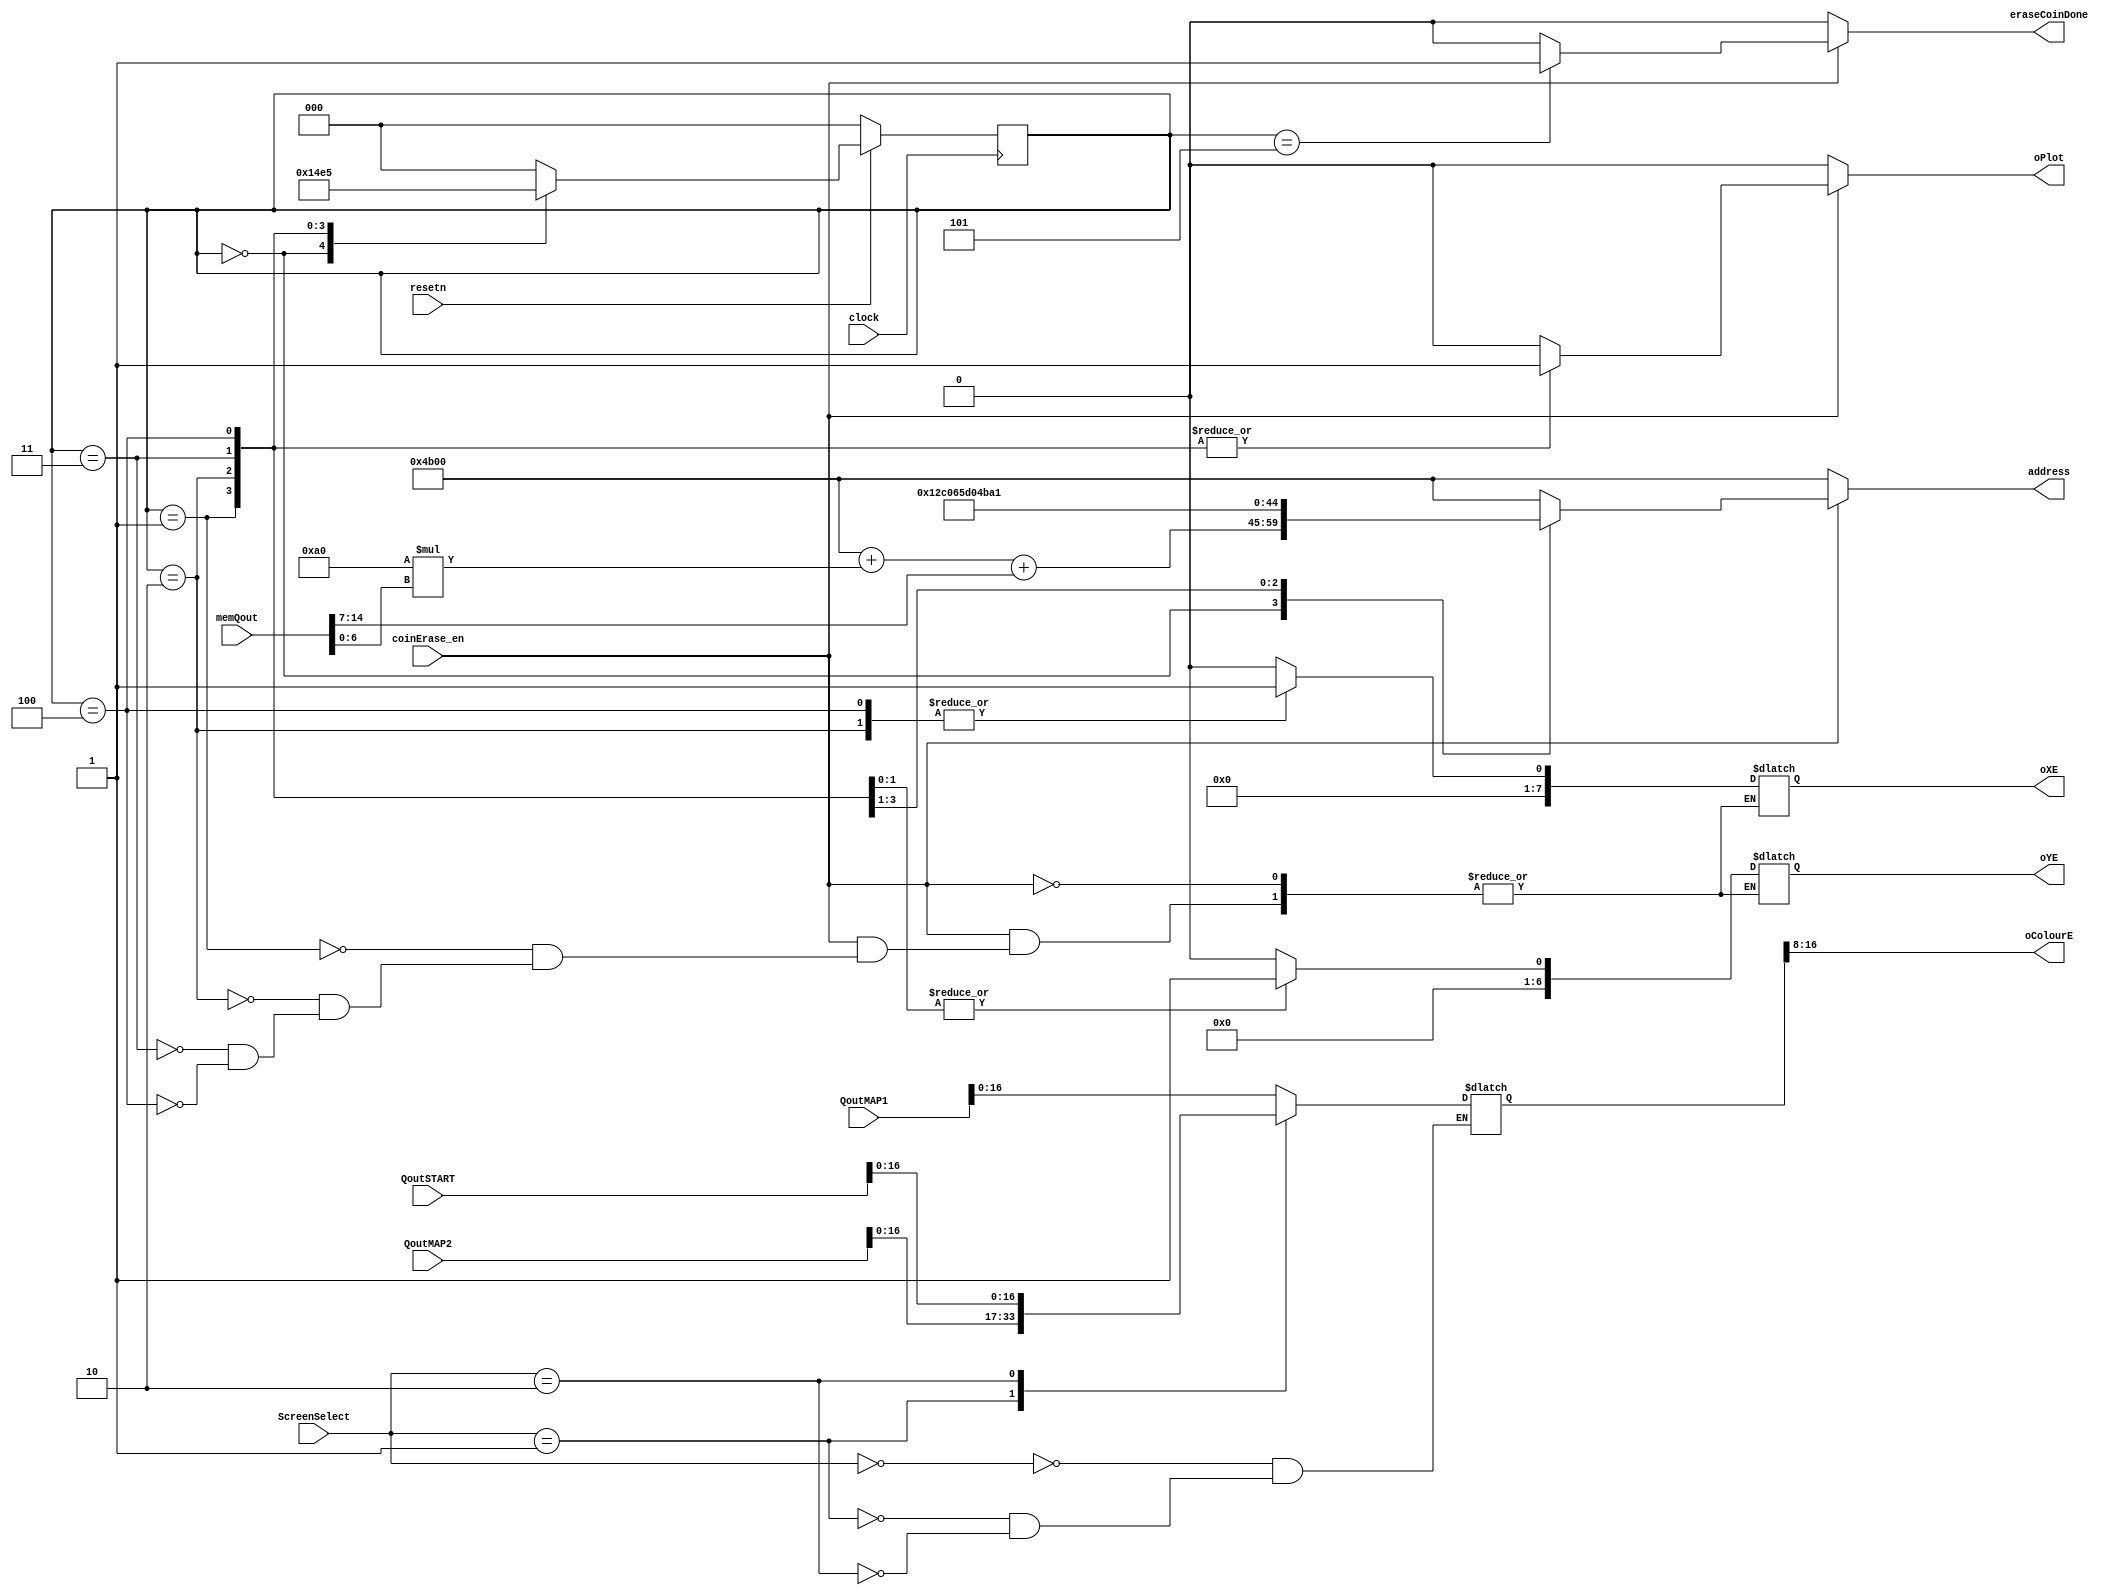
module eraseCoin(
  input clock,
  input resetn,
  input coinErase_en, //active positive, from pointcounter
  //input [31:0] mapMem,//x,y color
  input [1:0] ScreenSelect,
  input [31:0] QoutMAP1, QoutMAP2, QoutSTART,
  input [15:0] memQout, //from pointcounter, {exist, x, y}
  output reg [14:0] address,//from Map mem
  output reg [7:0] oXE,
  output reg [6:0] oYE,
  output reg [8:0] oColourE,
  output reg eraseCoinDone,
  output reg oPlot);

  reg [7:0] X;
  reg [6:0] Y;
  reg [31:0] mapMem;

    localparam MAP1 = 2'd0,
          MAP2 = 2'd1,
          START = 2'd2;

  always @(*) begin: mux
    case(ScreenSelect) 
      MAP1: mapMem = QoutMAP1;
      MAP2: mapMem = QoutMAP2;
      START: mapMem = QoutSTART;
    endcase
  end //mux

  reg [2:0] current_state, next_state;
  localparam step1 = 3'b0,
            step2 = 3'd1,
            step3 = 3'd2,
            step4 = 3'd3,
            step5 = 3'd4,
            step6 = 3'd5;
            
  
  always@(*)
  begin: state_table
    case (current_state)
      step1: next_state = step2;
      step2: next_state = step3;
      step3: next_state = step4;
      step4: next_state = step5;
      step5: next_state = step6;
      step6: next_state = step1;

      default next_state = step1;
    endcase
  end

  always @(*)
  begin: do_stuff
        X = {8{1'b0}};
        Y = {7{1'b0}};
        address = (15'd19200 + 160*Y + X);
        oColourE = mapMem[16:8];
        eraseCoinDone = 1'b0;
        oPlot = 1'b0;
    if(coinErase_en) begin
    case (current_state)
      step1: begin
        X = memQout[14:7];
        Y = memQout[6:0];
        address = (15'd19200 + 160*Y + X);//i really dont know how to make this 15 bits
      end
      step2: begin
        oXE = X;
        oYE = Y;
        address = (15'd19200 + 160*Y + X+1);//for 2nd pixel
        oColourE = mapMem[16:8]; //the colors for 1st pixel
        oPlot = 1'b1;
      end
      step3: begin
        oXE = X+1;
        oYE = Y;
        address = (15'd19200 + 160*(Y+1) + X);//for 3nd pixel
        oColourE = mapMem[16:8]; //the colors for 1st pixel
        oPlot = 1'b1;
      end
      step4: begin
        oXE = X;
        oYE = Y+1;
        address = (15'd19200 + 160*(Y+1) + X+1);//for 4nd pixel
        oColourE = mapMem[16:8]; //the colors for 1st pixel
        oPlot = 1'b1;
      end
      step5: begin
        oXE = X+1;
        oYE = Y+1;
        oColourE = mapMem[16:8]; //the colors for 1st pixel
        oPlot = 1'b1;
        
      end
      step6:  begin
        eraseCoinDone = 1'b1;
        oPlot = 1'b0;
      end
    endcase
  end
  end

  always@(posedge clock)
    begin: state_FFs
        if(!resetn)
            current_state <= step1;
        else
            current_state <= next_state;
    end // state_FFS

endmodule